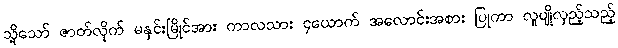
သို့သော် ဇာတ်လိုက် မနှင်းမြိုင်အား ကာလသား ၄ယောက် အလောင်းအစား ပြုကာ လူပျိုလှည့်သည့်